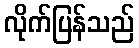
လိုက်ပြန်သည်